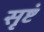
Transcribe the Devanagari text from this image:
सृष्टं